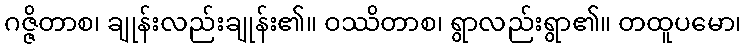
ဂဇ္ဇိတာစ၊ ချုန်းလည်းချုန်း၏။ ဝဿိတာစ၊ ရွာလည်းရွာ၏။ တထူပမော၊